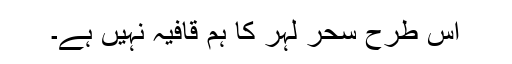
اس طرح سحر لہر کا ہم قافیہ نہیں ہے۔